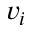
v _ { i }